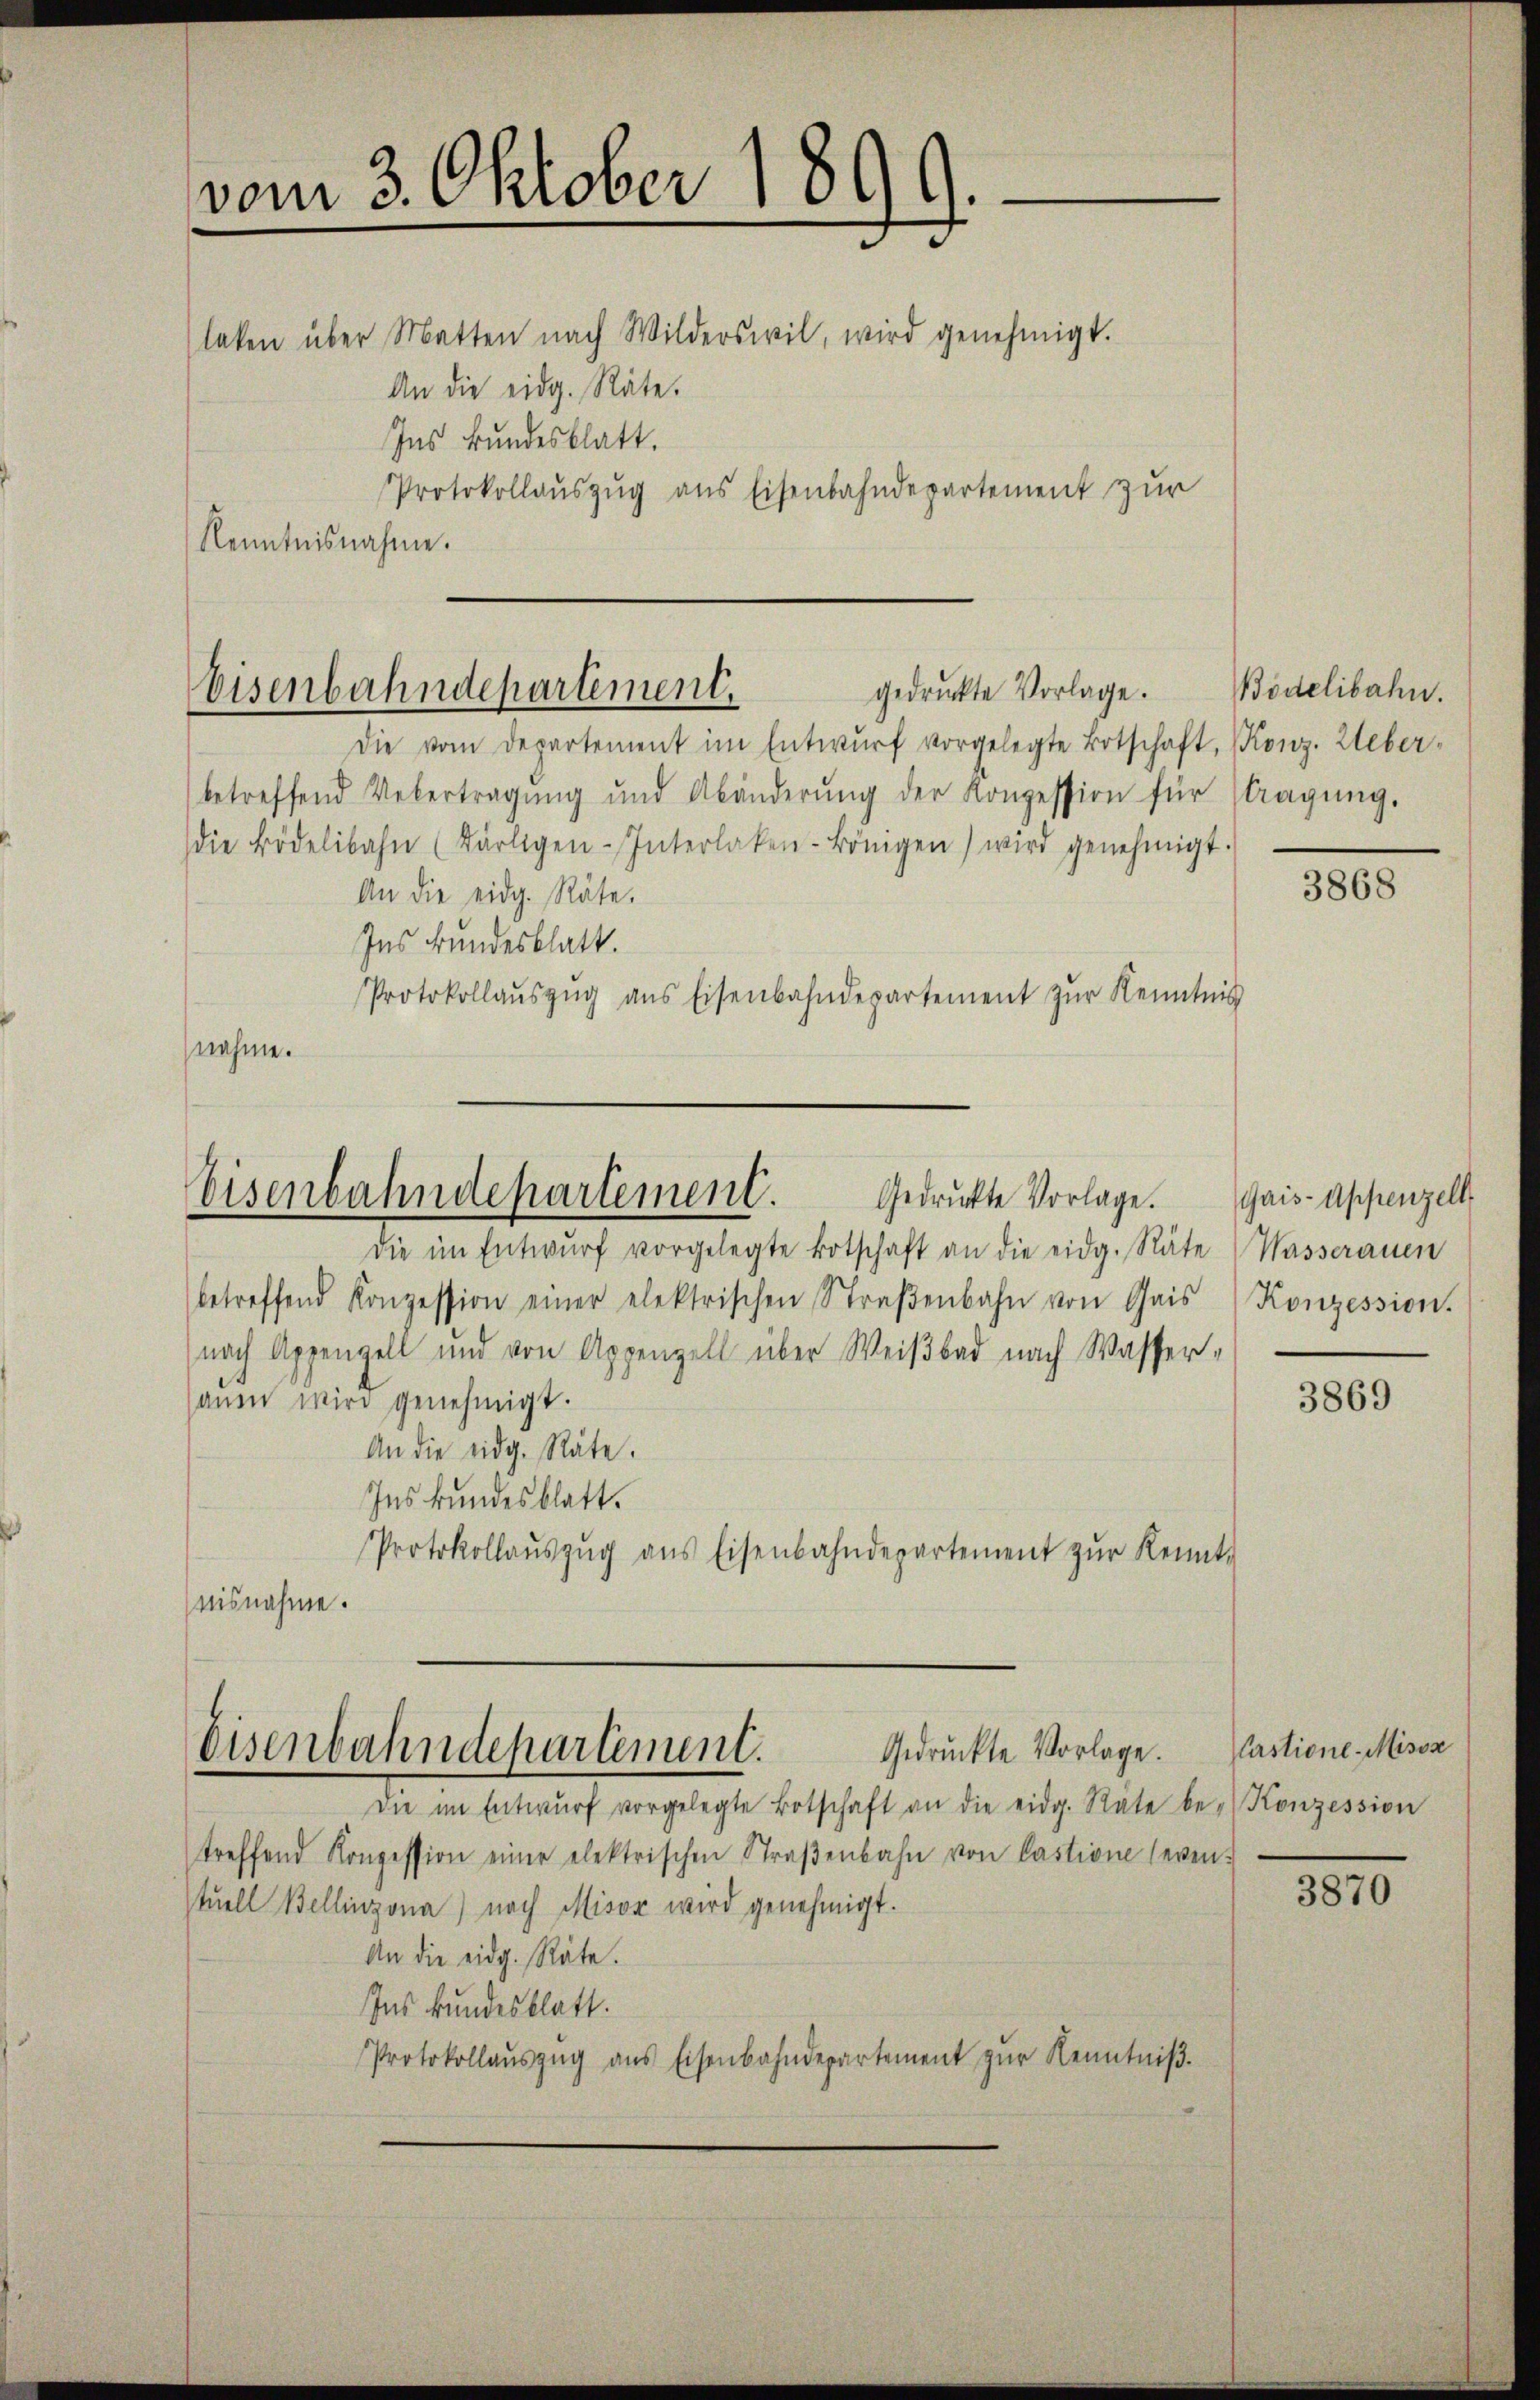
vom 3. Oktober 1899.
An die eidg. Räte.
Ins Bundesblatt.
Protokollauszug aus Eisenbahndepartement zur
Kenntnisnahme.

laten über Matten nach Wilderswil, wird genehmigt.

gedruckte Vorlage. Bidelibahn.
Eisenbahndepartement.

Eisenbahndepartement. Gedrückte Vorlage. Gais-Appenzell,

Eisenbahndepartement. Gedrückte Vorlage.
Die im Entwŭrf vorgelegte Botschaft an die eidg. Rate be- Konzession

treffend Konzession einer elektrischen Straβenbahn von Castione even-
stuell Bellinzona) nach Misox wird genehmigt.
An die eidg. Räte.
Ins Bundesblatt.
Protokollaŭszŭg aŭs Eisenbahndepartement zŭr Kenntniβ.

Die vom Departement im Entwŭrf vorgelegte Botschaft, Konz. Ueberbetreffend Uebertragŭng und Abänderŭng der Konzession für Tragŭng.
die Bödelibahn (kärligen-Interlaken-königen) wird genehmigt.
An die eidg. Räte.
Ins Bundesblatt.
Protokollaŭszŭg ans Eisenbahndepartement zŭr Kenntnis
nahme.

die im Entwŭrf vorgelegte Botschaft an die eidg. Räte
betreffend Konzession einer elektrischen Straβenbahn von Gais
nach Appenzell und von Appenzell über Weiβbad nach Wasser-
saŭen wird genehmigt.
An die eidg. Räte.
Ins kundesblatt.
Protokollaŭszŭg aŭs Eisenbahndepartement zŭr Kennt-
nisnahme.

3868

Wasserauen
Konzession.

3869

Castione-Misox

3870